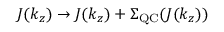
J ( k _ { z } ) \rightarrow J ( k _ { z } ) + \Sigma _ { \mathrm { Q C } } ( J ( k _ { z } ) )